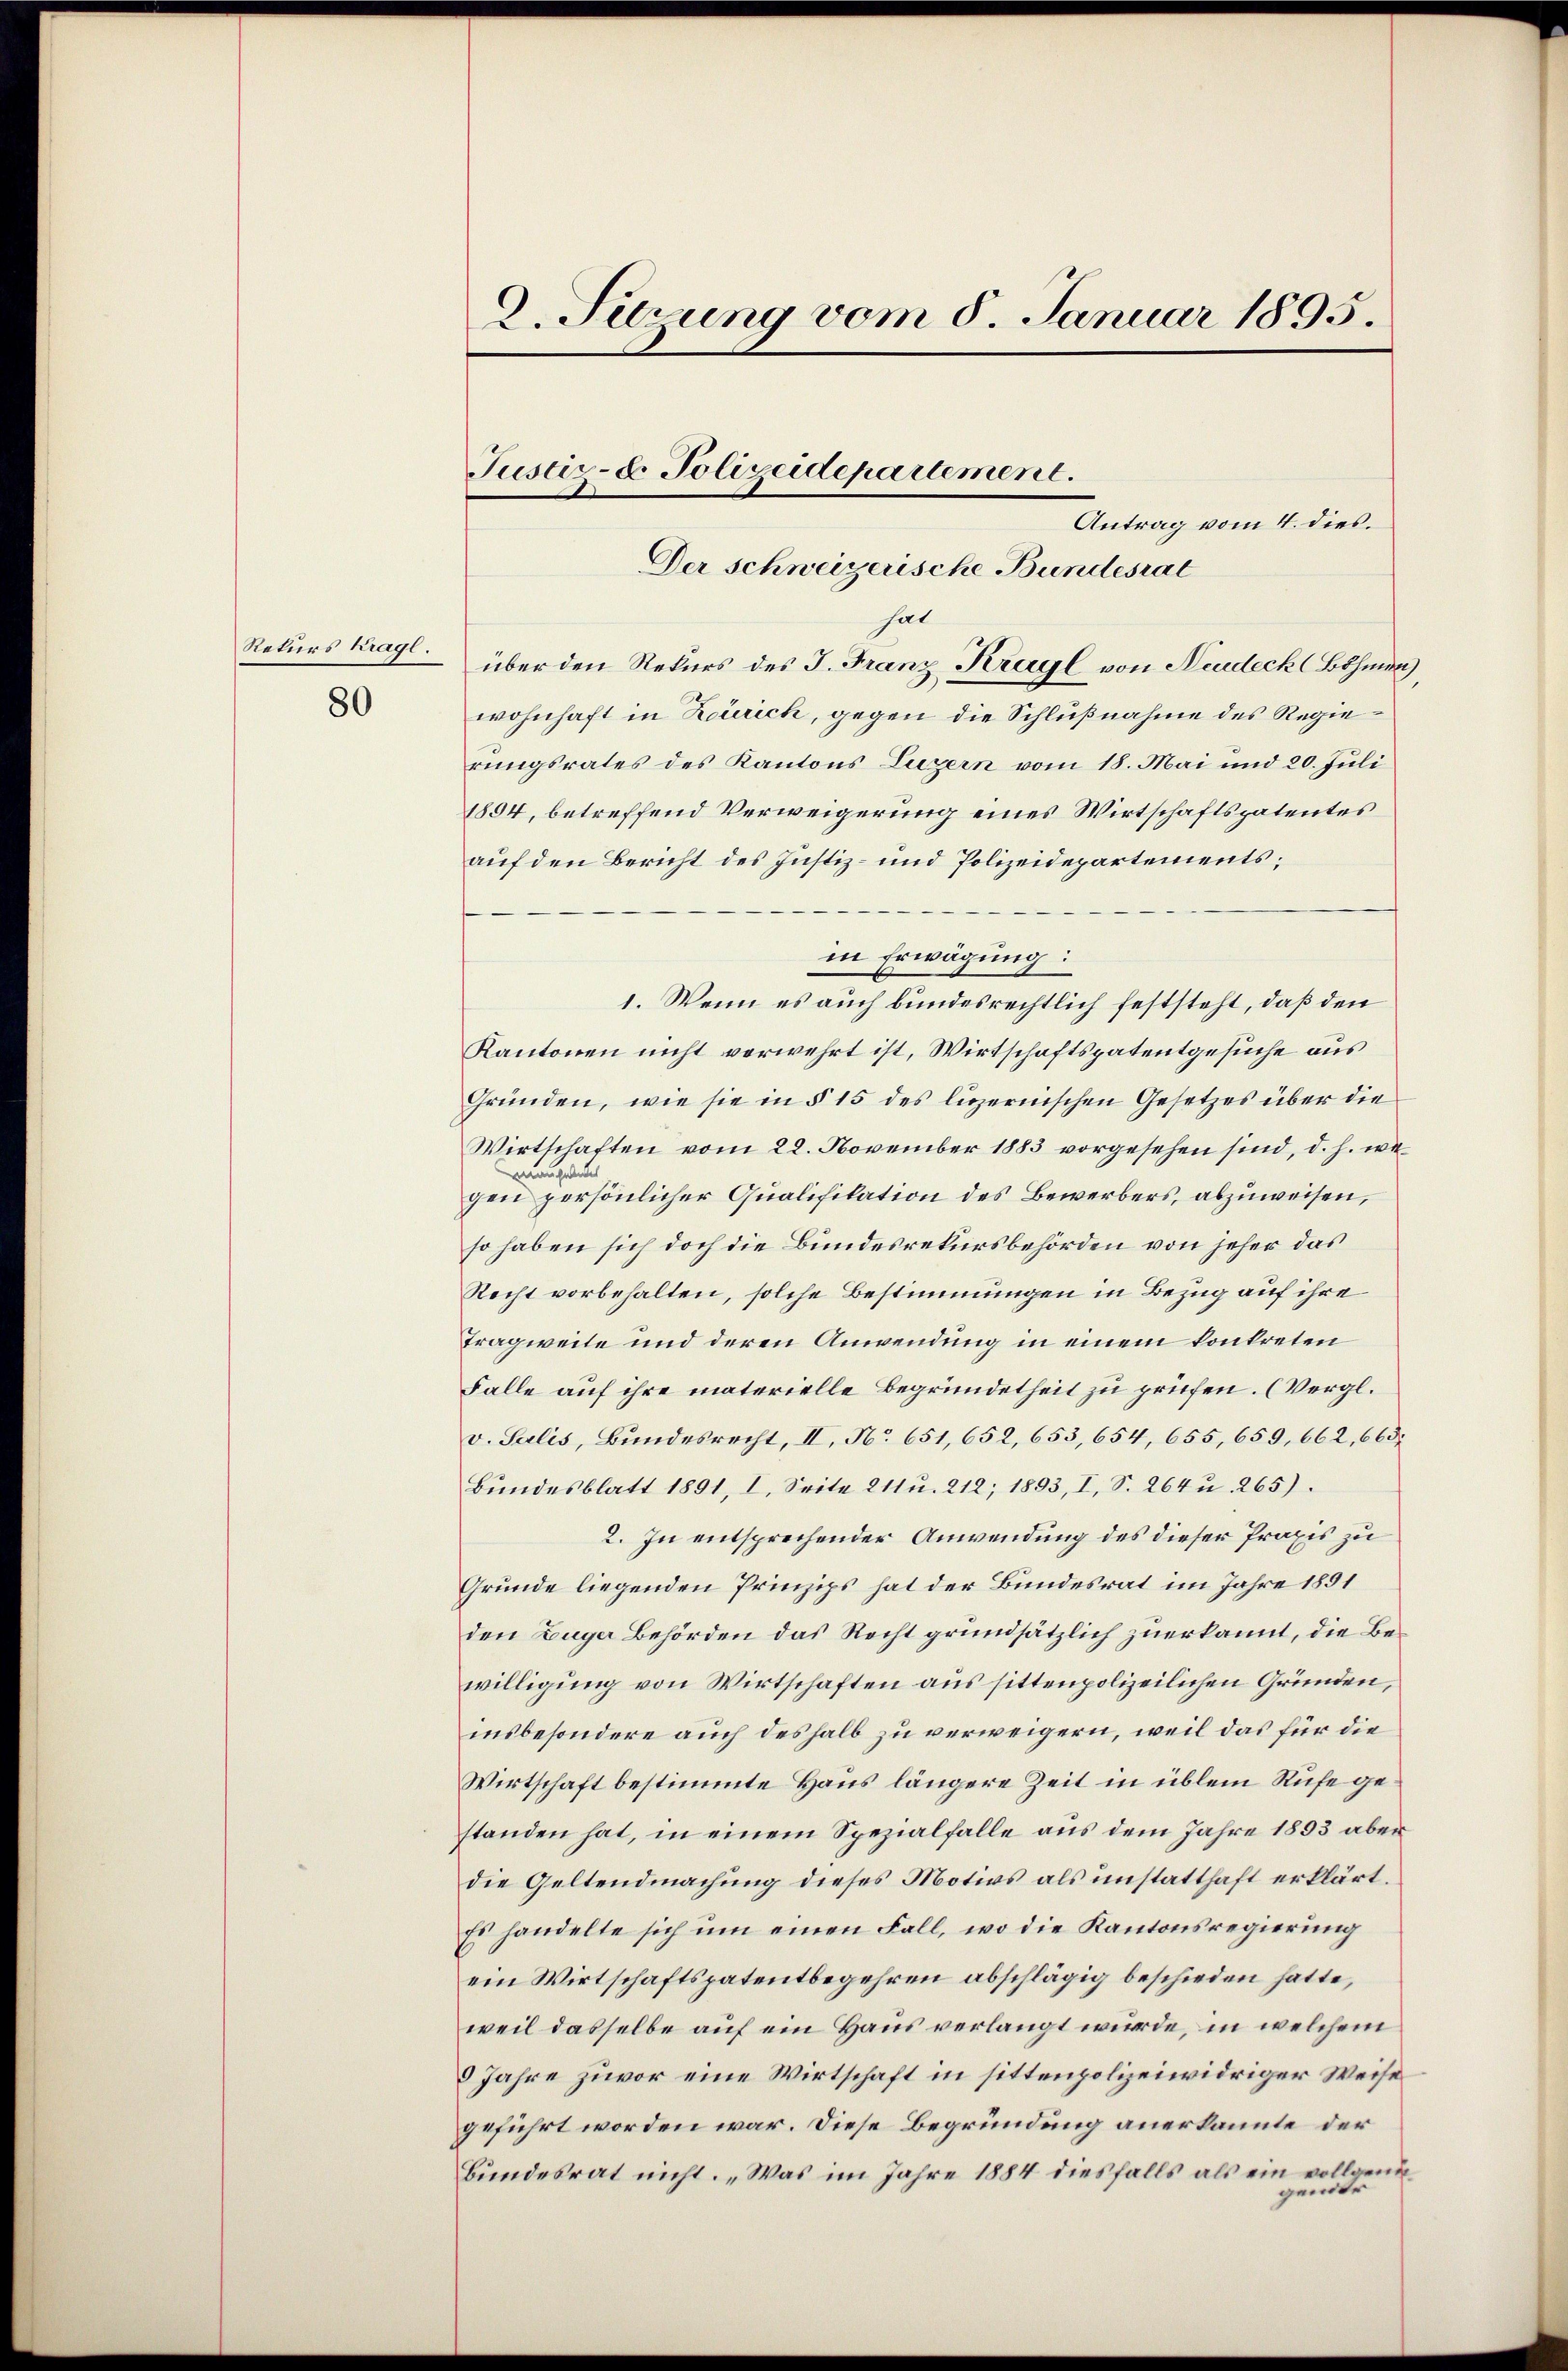
Rekurs Kragl.

80

8. Sitzung vom 8. Januar 1895.

Der Schweizerische Bundesrat
hat
über den Rekurs des J. Franz Kragl von Neudeck (Böhmen,
wohnhaft in Zürich, gegen die Schlußnahme des Regierungsrates des Kantons Luzern vom 18. Mai und 20. Juli
1894, betreffend Verweigerung eines Wirtschaftspatentes
auf den Bericht des Justiz- und Polizeidepartements;
in Erwägung:
1. Wenn es auch bundesrechtlich feststeht, daß den
Kantonen nicht verwehrt ist, Wirtschaftspatentgesuche aus
Gründen, wie sie in § 15 des luzernischen Gesetzes über die
Wirtschaften vom 22. November 1883 vorgesehen sind, d. h. wegen persönlicher Qualifikation des Bewerbers, abzuweisen,
so haben sich doch die Bundesrekursbehörden von jeher das
Recht vorbehalten, solche Bestimmungen in Bezug auf ihre
Tragweite und deren Anwendung in einem konkreten
Falle auf ihre materielle Begründetheit zu prüfen. (Vergl.
v. Salis, Bundesrecht, II, No 651,652, 653, 654, 655, 659, 662, 665
Bundesblatt 1891, I. Seite 211 u. 212; 1893, I, S. 264 u. 265).
2. In entsprechender Anwendung des dieser Praxis zu
Grunde liegenden Prinzips hat der Bundesrat im Jahre 1891
den Zuger Behörden das Recht grundsätzlich zuerkannt, die Bewilligung von Wirtschaften aus sittenpolizeilichen Gründen,
insbesondere auch deshalb zu verweigern, weil das für die
Wirtschaft bestimmte Haus längere Zeit in üblem Rufe gestanden hat, in einem Spezialfalle aus dem Jahre 1893 aber
die Geltendmachung dieses Motivs als unstatthaft erklärt.
Es handelte sich um einen Fall, wo die Kantonsregierung
ein Wirtschaftspatentbegehren abschlägig beschieden hatte,
weil dasselbe auf ein Haus verlangt würde, in welchem
9 Jahre zuvor eine Wirtschaft in sittenpolizeiwidriger Weise
geführt worden war. Diese Begründung anerkannte der
Bundesrat nicht. „Was im Jahre 1884 diesfalls als ein vollgemergentr

Antrag vom 4. dies.

Justiz- & Polizeidepartement.